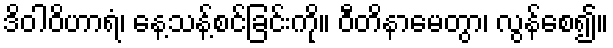
ဒိဝါဝိဟာရံ၊ နေ့သန့်စင်ခြင်းကို။ ဝီတိနာမေတွာ၊ လွန်စေ၍။